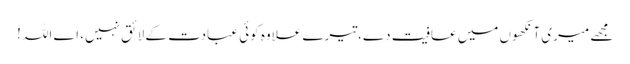
مجھے میری آنکھوں میں عافیت دے،تیرے علاوہ کوئی عبادت کے لائق نہیں، اے اللہ !